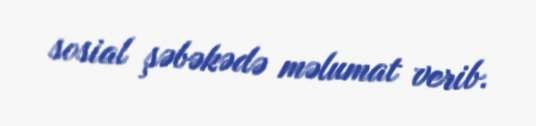
sosial şəbəkədə məlumat verib.